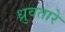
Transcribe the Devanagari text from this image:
ध्रुवतारे